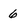
Character: 6